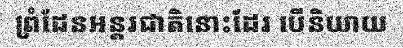
ព្រំដែនអន្តរជាតិនោះដែរ បើនិយាយ